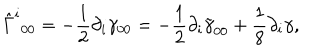
LaTeX: \hat { \Gamma } ^ { i } { } _ { 0 0 } = - \frac 1 2 \partial _ { i } \gamma _ { 0 0 } = - \frac 1 2 \partial _ { i } \tilde { \gamma } _ { 0 0 } + \frac 1 8 \partial _ { i } \gamma ,